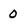
Character: 0